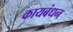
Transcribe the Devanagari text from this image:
कायबंधन